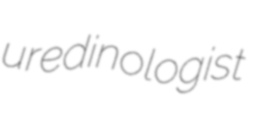
uredinologist